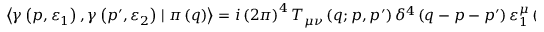
\left\langle \gamma \left( p , \varepsilon _ { 1 } \right) , \gamma \left( p ^ { \prime } , \varepsilon _ { 2 } \right) \mid \pi \left( q \right) \right\rangle = i \left( 2 \pi \right) ^ { 4 } T _ { \mu \nu } \left( q ; p , p ^ { \prime } \right) \delta ^ { 4 } \left( q - p - p ^ { \prime } \right) \varepsilon _ { 1 } ^ { \mu } \left( p \right) \varepsilon _ { 2 } ^ { \nu } \left( p ^ { \prime } \right) .